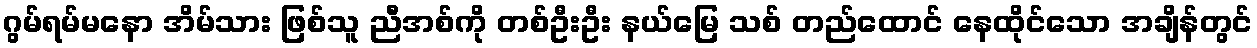
ဂွမ်ရမ်မနော အိမ်သား ဖြစ်သူ ညီအစ်ကို တစ်ဦးဦး နယ်မြေ သစ် တည်ထောင် နေထိုင်သော အချိန်တွင်